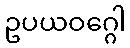
ဥပယဝဂ္ဂေါ